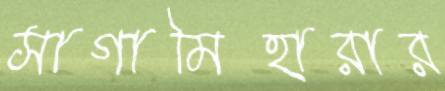
সাগামিহারার